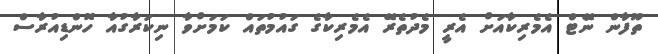
ތޫފާން ނޭަޓް އެމެރިކާއަށް އެރީ މެދުތެރޭ އެމެރިކާގެ ގައުމުތައް ކަމަށްވާ ނިކަރާގުއާ ހޮންޑިއުރާސް